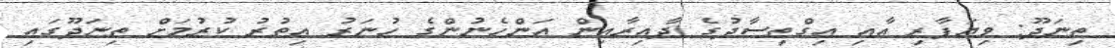
ތިނަދޫ: ވިޔަފާރި އާއި އިގްތިސާދުގެ ދާއިރާއިން އަންހެނުންގެ ހުނަރު އިތުރު ކުރުމަށް ތިނަދޫގައި